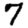
Digit: 7